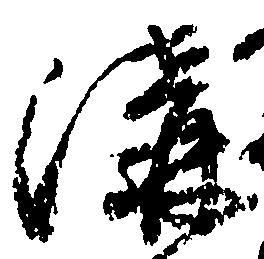
溝